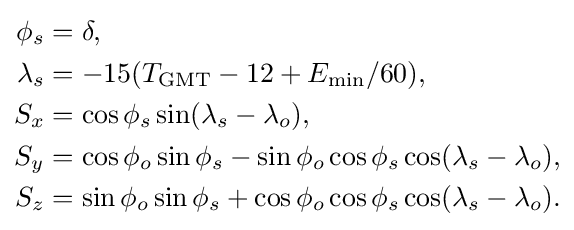
{\begin{aligned}\phi _{s}&=\delta ,\\\lambda _{s}&=-15(T_{\mathrm {GMT} }-12+E_{\mathrm {min} }/60),\\S_{x}&=\cos \phi _{s}\sin(\lambda _{s}-\lambda _{o}),\\S_{y}&=\cos \phi _{o}\sin \phi _{s}-\sin \phi _{o}\cos \phi _{s}\cos(\lambda _{s}-\lambda _{o}),\\S_{z}&=\sin \phi _{o}\sin \phi _{s}+\cos \phi _{o}\cos \phi _{s}\cos(\lambda _{s}-\lambda _{o}).\end{aligned}}